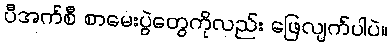
ပီအက်စီ စာမေးပွဲတွေကိုလည်း ဖြေလျက်ပါပဲ။